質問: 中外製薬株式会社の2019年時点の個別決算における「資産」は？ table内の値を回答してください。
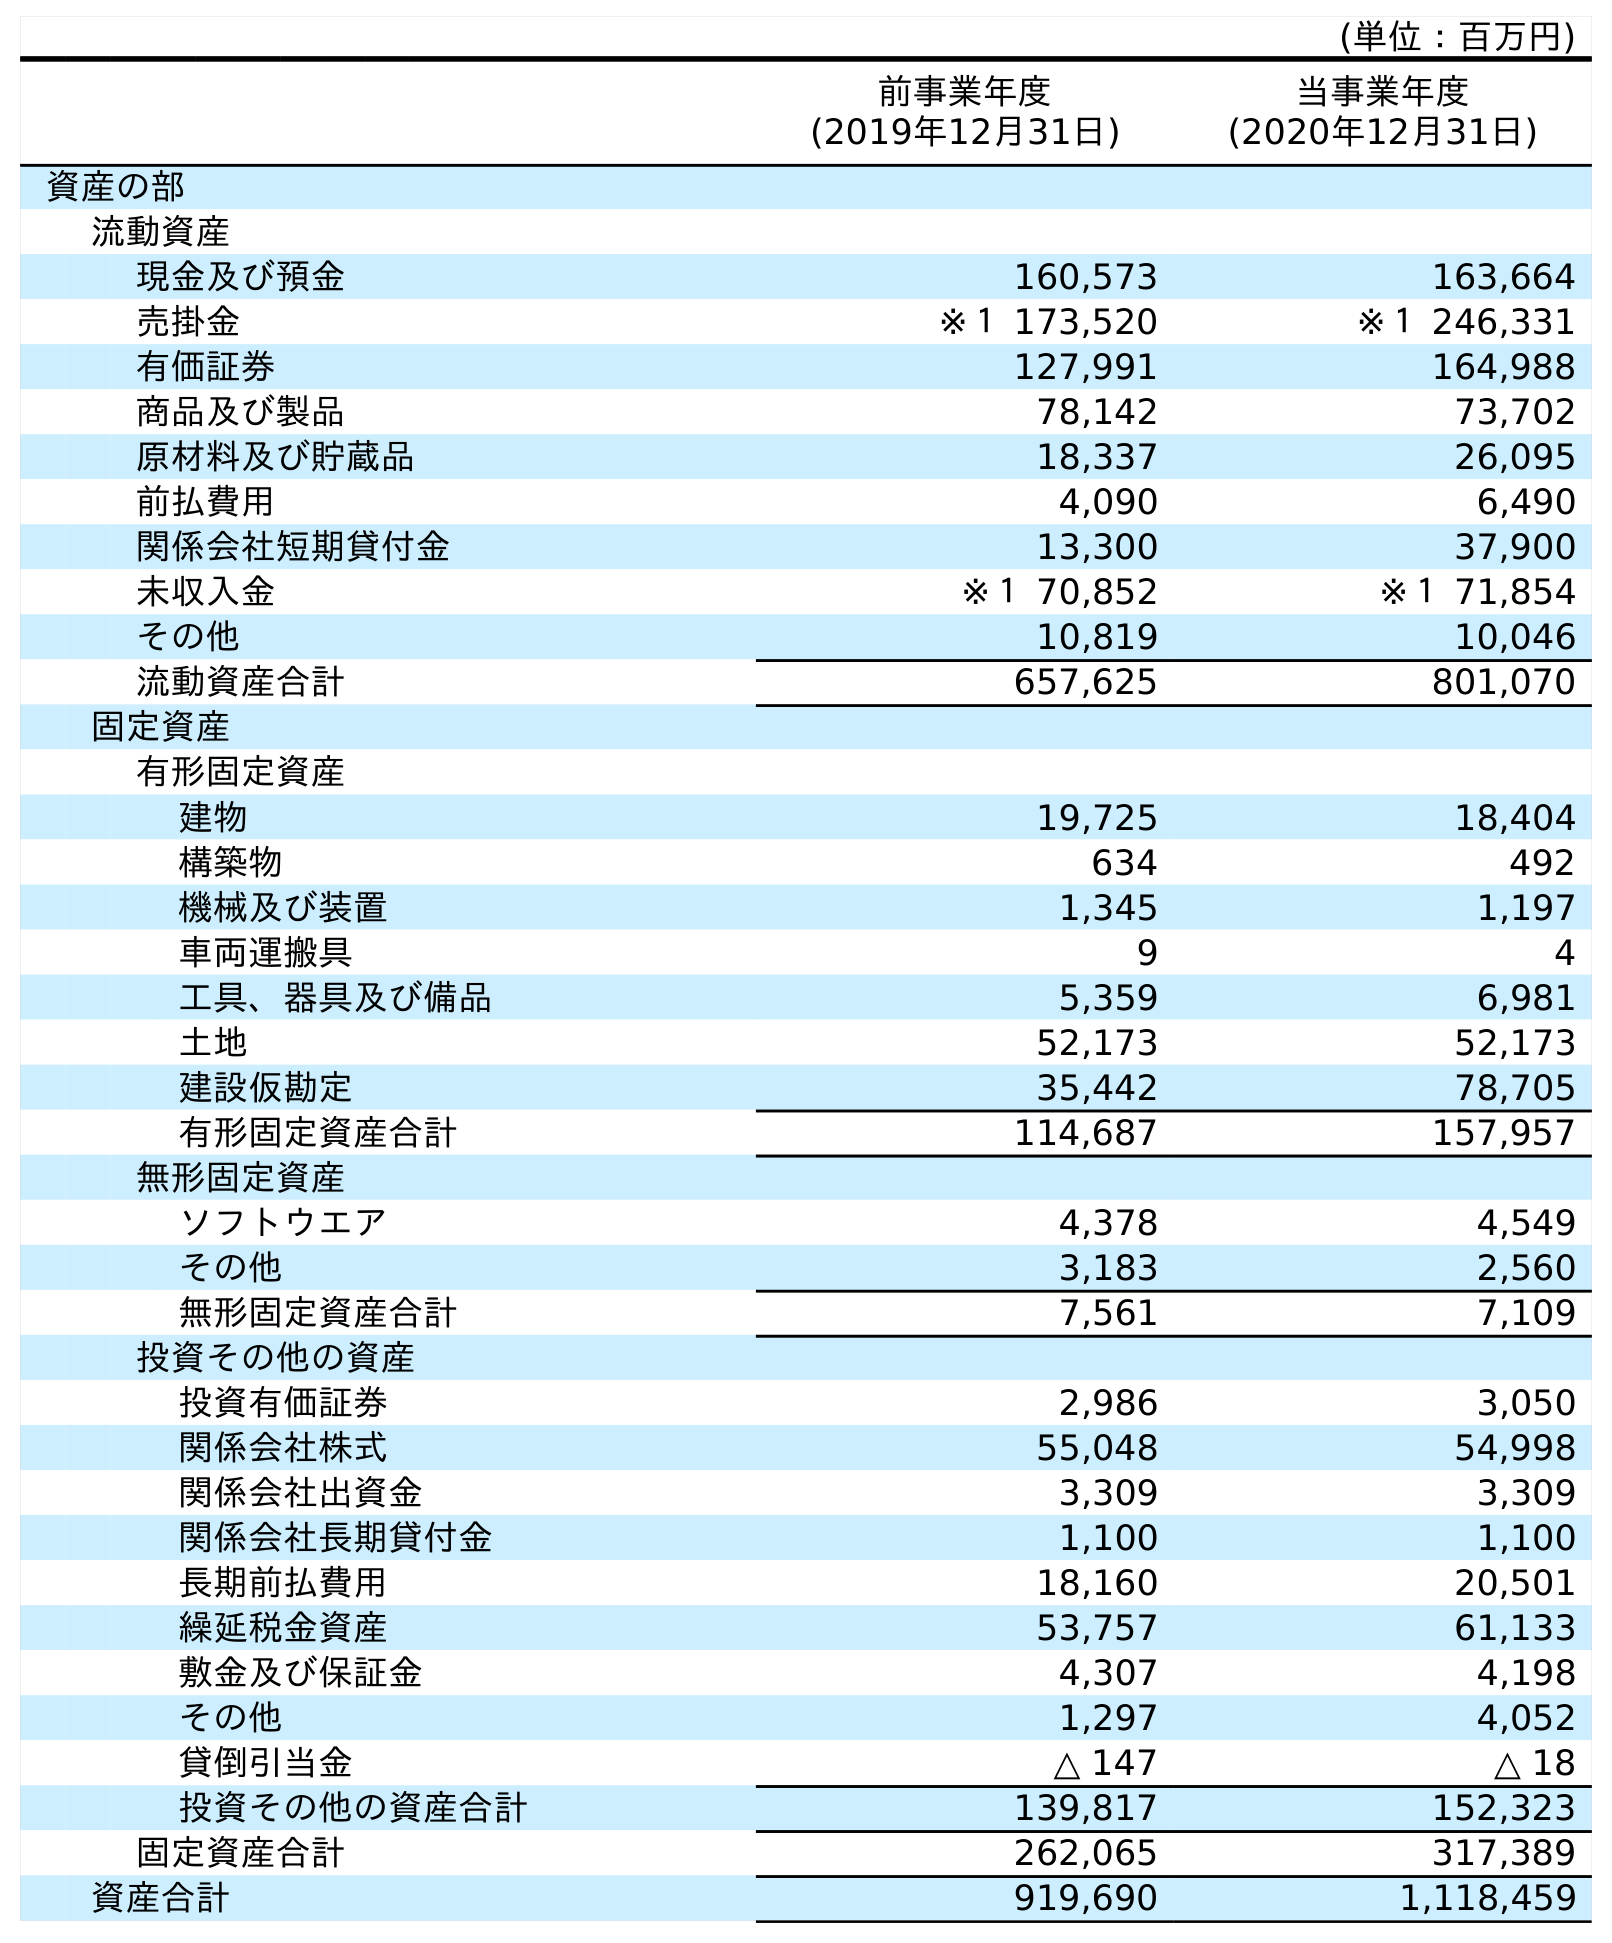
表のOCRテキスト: (単位：百万円) 前事業年度 (2019年12月31日) 当事業年度 (2020年12月31日) 資産の部 流動資産 現金及び預金 160,573 163,664 売掛金 ※１ 173,520 ※１ 246,331 有価証券 127,991 164,988 商品及び製品 78,142 73,702 原材料及び貯蔵品 18,337 26,095 前払費用 4,090 6,490 関係会社短期貸付金 13,300 37,900 未収入金 ※１ 70,852 ※１ 71,854 その他 10,819 10,046 流動資産合計 657,625 801,070 固定資産 有形固定資産 建物 19,725 18,404 構築物 634 492 機械及び装置 1,345 1,197 車両運搬具 9 4 工具、器具及び備品 5,359 6,981 土地 52,173 52,173 建設仮勘定 35,442 78,705 有形固定資産合計 114,687 157,957 無形固定資産 ソフトウエア 4,378 4,549 その他 3,183 2,560 無形固定資産合計 7,561 7,109 投資その他の資産 投資有価証券 2,986 3,050 関係会社株式 55,048 54,998 関係会社出資金 3,309 3,309 関係会社長期貸付金 1,100 1,100 長期前払費用 18,160 20,501 繰延税金資産 53,757 61,133 敷金及び保証金 4,307 4,198 その他 1,297 4,052 貸倒引当金 △ 147 △ 18 投資その他の資産合計 139,817 152,323 固定資産合計 262,065 317,389 資産合計 919,690 1,118,459
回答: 919,690